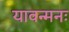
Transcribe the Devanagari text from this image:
यावन्मनः